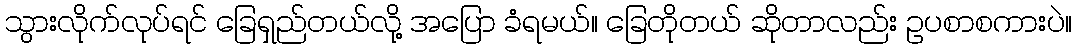
သွားလိုက်လုပ်ရင် ခြေရှည်တယ်လို့ အပြော ခံရမယ်။ ခြေတိုတယ် ဆိုတာလည်း ဥပစာစကားပဲ။